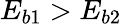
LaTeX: E_{b1}>E_{b2}